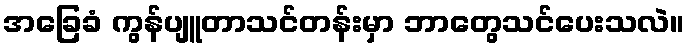
အခြေခံ ကွန်ပျူတာသင်တန်းမှာ ဘာတွေသင်ပေးသလဲ။